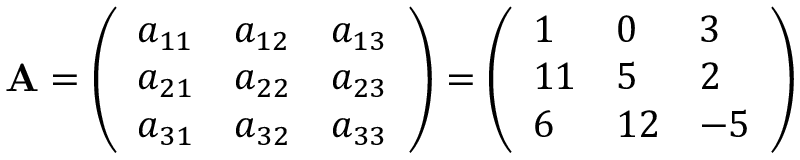
\mathbf { A } = { \left( \begin{array} { l l l } { a _ { 1 1 } } & { a _ { 1 2 } } & { a _ { 1 3 } } \\ { a _ { 2 1 } } & { a _ { 2 2 } } & { a _ { 2 3 } } \\ { a _ { 3 1 } } & { a _ { 3 2 } } & { a _ { 3 3 } } \end{array} \right) } = { \left( \begin{array} { l l l } { 1 } & { 0 } & { 3 } \\ { 1 1 } & { 5 } & { 2 } \\ { 6 } & { 1 2 } & { - 5 } \end{array} \right) }